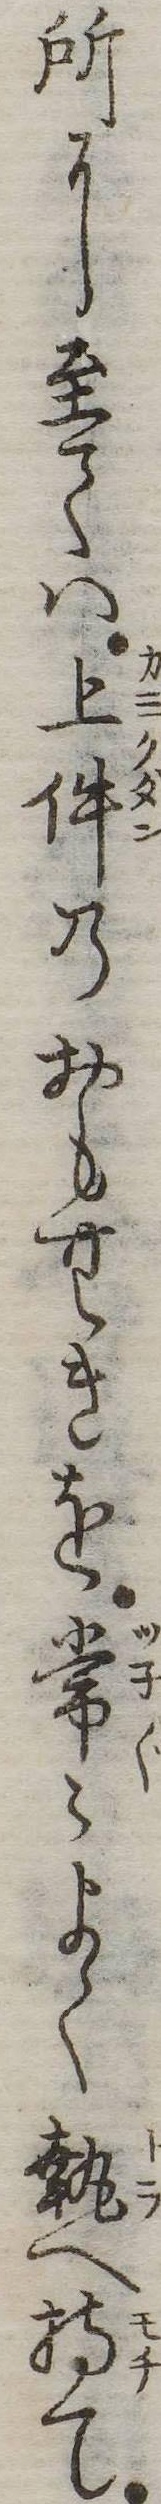
所に至ては上件のおもむきを常よく執へ持て